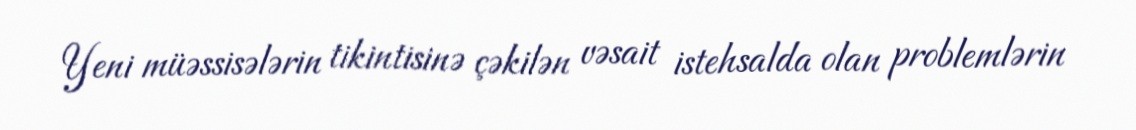
Yeni müəssisələrin tikintisinə çəkilən vəsait istehsalda olan problemlərin